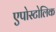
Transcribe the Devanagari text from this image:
एपोस्टोलिक